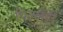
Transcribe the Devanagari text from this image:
पिल्लेही